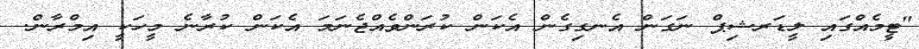
"ޓީމެއްގައި ލީޑަރޝިޕް ނަގަން އެނގިގެން އެކަން ކުރަންވެއްޖެނަމަ އެކަން ކުރާނެ މީހަކީ އިމްރާން.